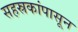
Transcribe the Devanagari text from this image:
सहस्रकांपासून